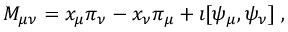
M _ { \mu \nu } = x _ { \mu } \pi _ { \nu } - x _ { \nu } \pi _ { \mu } + \imath [ \psi _ { \mu } , \psi _ { \nu } ] \; ,